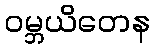
ဝမ္ဘယိတေန